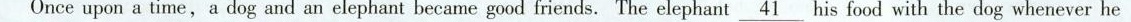
Once upon a time,a dog and an elephant became good friends. The elephant \underline{41} his food with the dog whenever he